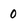
Character: 0